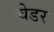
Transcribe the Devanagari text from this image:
चेडर